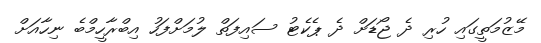
މޭޒުމަތީގައި ހުރި ދެ ޖޯޑަށް ދެ ޕެކެޓު ސައިފަތް ލުމަށްފަހު އިބްރާހީމްބެ ނިހާއަށް